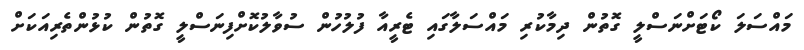
މައްސަލަ ކޯޓަށްނަސްލީ ގޮތުން ދިމާކުރި މައްސަލާގައި ޓެރީއާ ފުލުހުން ސުވާލުކޮށްފިނަސްލީ ގޮތުން ކުޅުންތެރިއަކަށް